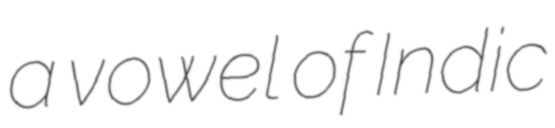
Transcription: a vowel of Indic